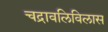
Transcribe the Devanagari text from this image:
चद्रावलिविलास